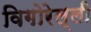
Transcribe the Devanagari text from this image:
विगोरेल्ली